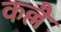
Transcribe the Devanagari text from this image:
कल्लै